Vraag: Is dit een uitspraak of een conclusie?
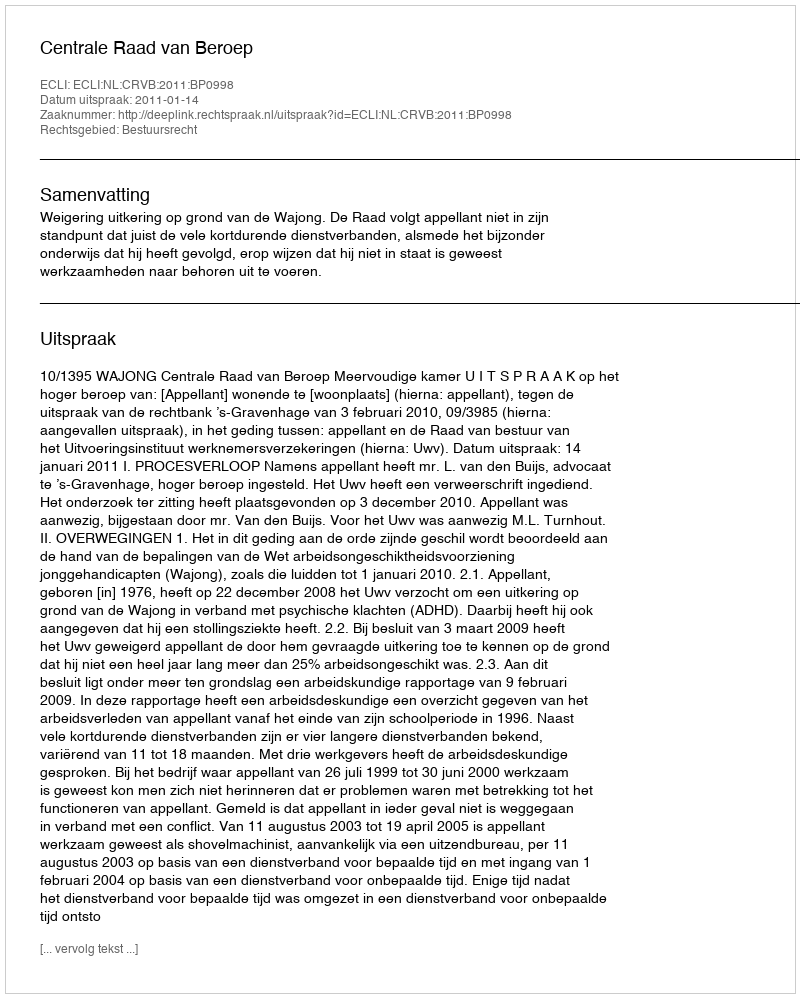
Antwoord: Uitspraak